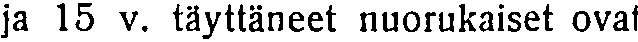
ja 15 v. täyttäneet nuorukaiset ovat